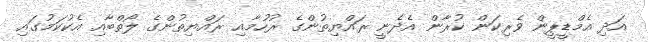
އަދި އެމްޑީޕީން ވެރިކަން ކުރާން އެދެނީ ރައްޔިތުންގެ ރުހުމާއި ރައްޔިތުންގެ ލޯތްބާއި އެކުކަމުގައި